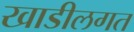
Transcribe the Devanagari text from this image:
खाडीलगत